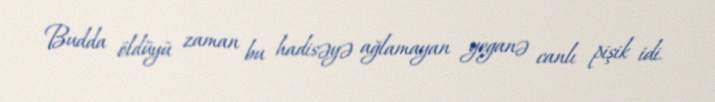
Budda öldüyü zaman bu hadisəyə ağlamayan yeganə canlı pişik idi.